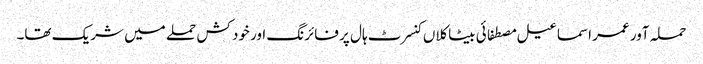
حملہ آور عمر اسماعیل مصطفائی بیٹاکلاں کنسرٹ ہال پر فائرنگ اور خود کش حملے میں شریک تھا۔